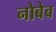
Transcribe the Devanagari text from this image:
नोबेव